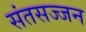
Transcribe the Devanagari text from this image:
संतसज्जन